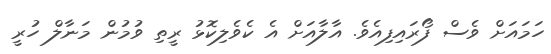
ހަމައަށް ވެސް ފޯރައިފިއެވެ. އާލާއަށް އެ ކެވެލިކޮޅު ރީތި ވުމުން މަނާލް ހުރީ